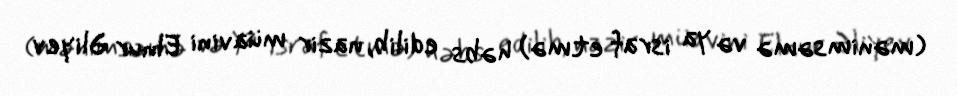
(mənimsəmə və ya israf etmə) həbs edilib, nazir müavini Elnur Əliyev